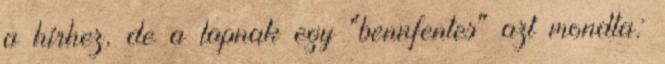
a hírhez, de a lapnak egy "bennfentes" azt mondta: